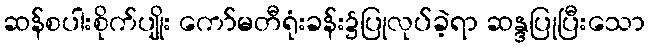
ဆန်စပါးစိုက်ပျိုး ကော်မတီရုံးခန်း၌ပြုလုပ်ခဲ့ရာ ဆန္ဒပြုပြီးသော